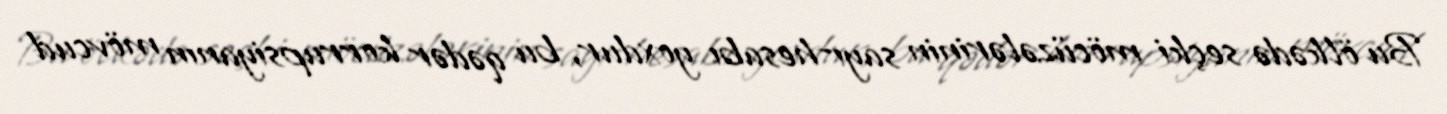
Bu ölkədə seçki möcüzələrinin sayı-hesabı yoxdur, bu qədər korrupsiyanın mövcud